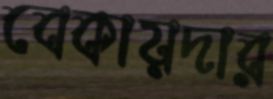
বেকায়দার